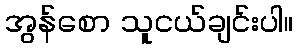
အွန်စော သူငယ်ချင်းပါ။